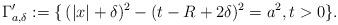
LaTeX: \begin{align*}\Gamma'_{a,\delta} : = \{\, (|x|+\delta)^2 - (t - R + 2\delta)^2 = a^2, t>0\}.\end{align*}